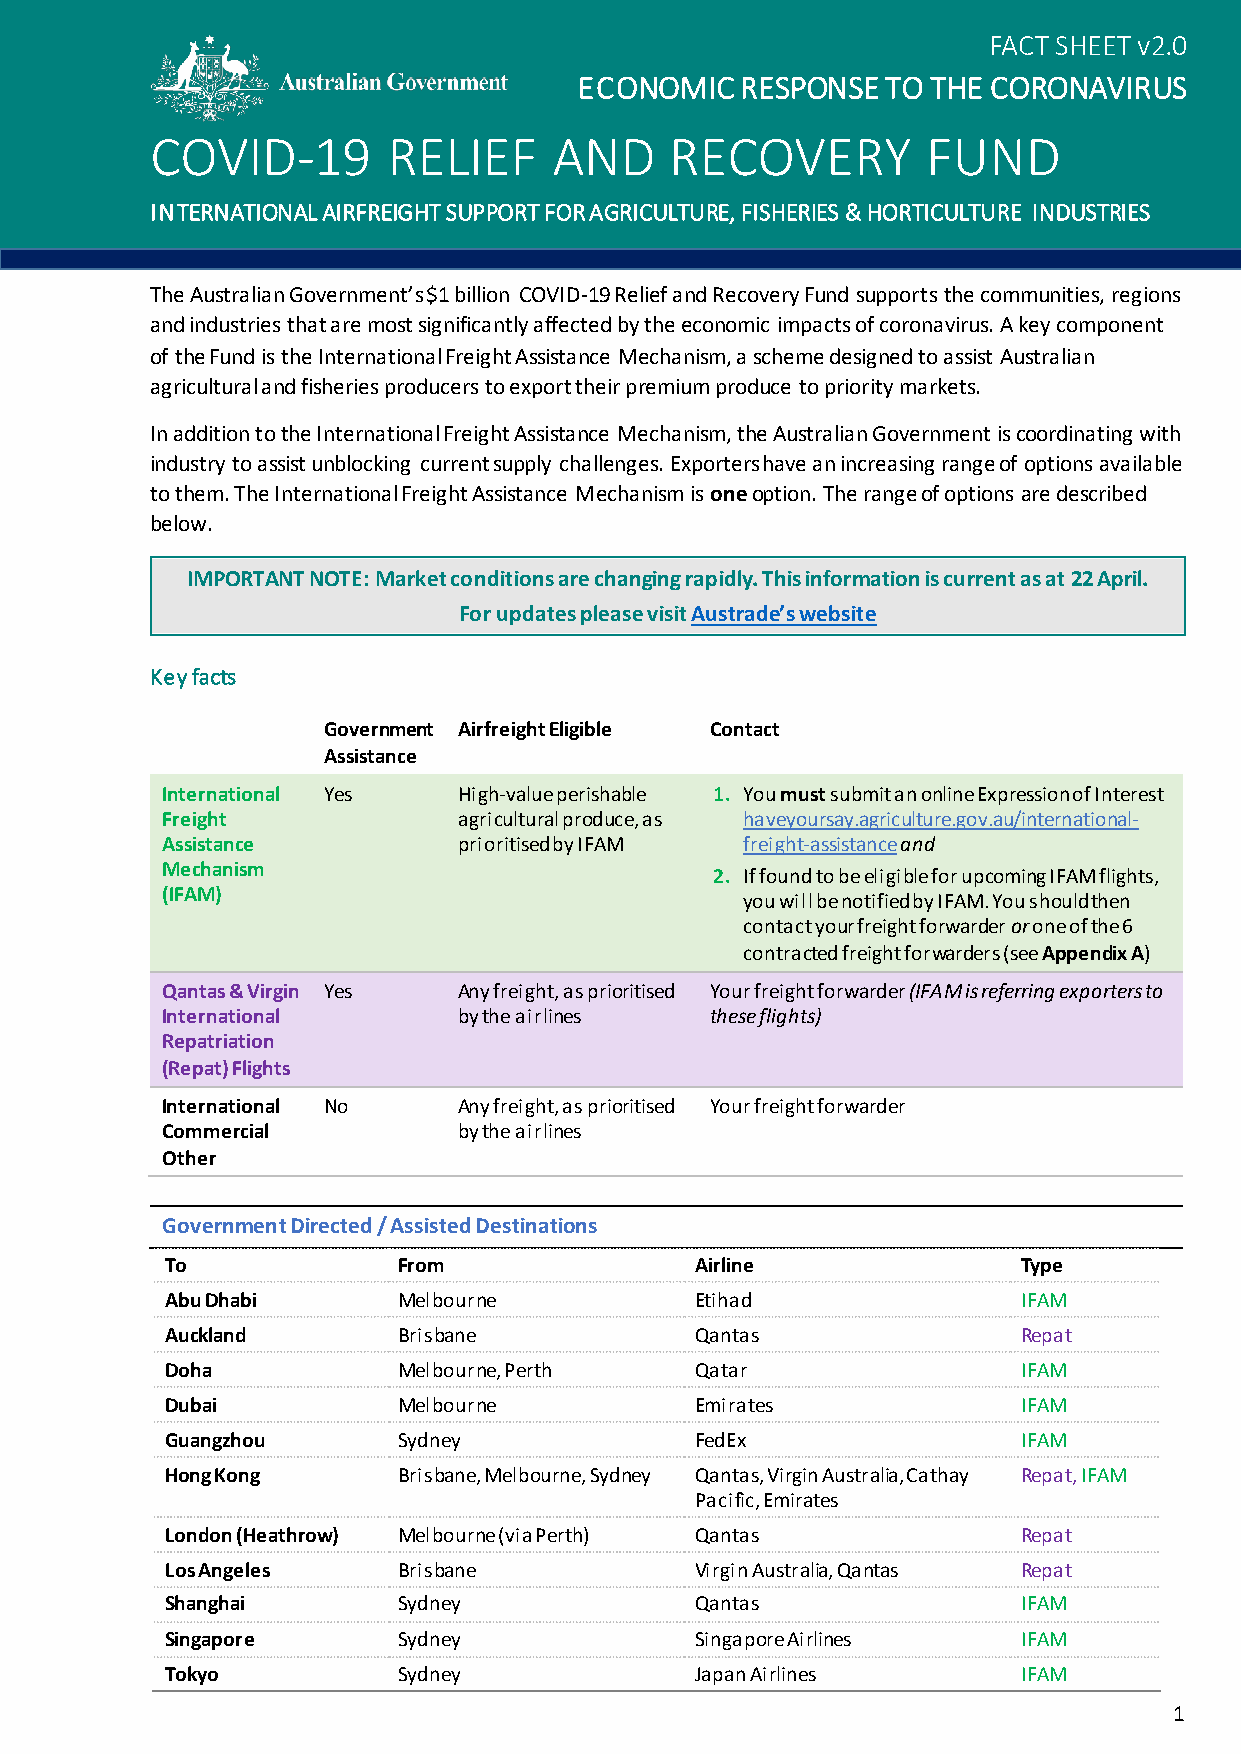
FACT SHEET v2.0
 ECONOMIC   RESPONSE  TO THE CORONAVIRUS
 COVID-19        RELIEF     AND    RECOVERY         FUND
 INTERNATIONAL AIRFREIGHT SUPPORT FOR AGRICULTURE, FISHERIES & HORTICULTURE INDUSTRIES
 The Australian Government’s $1 billion COVID-19 Relief and Recovery Fund supports the communities, regions
 and industries that are most significantly affected by the economic impacts of coronavirus. A key component
 of the Fund is the International Freight Assistance Mechanism, a scheme designed to assist Australian
 agricultural and fisheries producers to export their premium produce to priority markets.
 In addition to the International Freight Assistance Mechanism, the Australian Government is coordinating with
 industry to assist unblocking current supply challenges. Exporters have an increasing range of options available
 to them. The International Freight Assistance Mechanism is one option. The range of options are described
 below.
 IMPORTANT NOTE: Market conditions are changing rapidly. This information is current as at 22 April.
 For updates please visit Austrade’s website
 Key facts
 Government Airfreight Eligible Contact
 Assistance
 International Yes  High-value perishable 1. You must submit an online Expression of Interest
 Freight            agricultural produce, as haveyoursay.agriculture.gov.au/international-
 Assistance         prioritised by IFAM freight-assistance and
 Mechanism
 2. If found to be eligible for upcoming IFAM flights,
 (IFAM)
 you will be notified by IFAM. You should then
 contact your freight forwarder or one of the 6
 contracted freight forwarders (see Appendix A)
 Qantas & Virgin Yes Any freight, as prioritised Your freight forwarder (IFAM is referring exporters to
 International      by the airlines  these flights)
 Repatriation
 (Repat) Flights
 International No   Any freight, as prioritised Your freight forwarder
 Commercial         by the airlines
 Other
 Government Directed / Assisted Destinations
 To             From                Airline               Type
 Abu Dhabi      Melbourne           Etihad                IFAM
 Auckland       Brisbane            Qantas                Repat
 Doha           Melbourne, Perth    Qatar                 IFAM
 Dubai          Melbourne           Emirates              IFAM
 Guangzhou      Sydney              FedEx                 IFAM
 Hong Kong      Brisbane, Melbourne, Sydney Qantas, Virgin Australia, Cathay Repat, IFAM
 Pacific, Emirates
 London (Heathrow) Melbourne (via Perth) Qantas           Repat
 Los Angeles    Brisbane            Virgin Australia, Qantas Repat
 Shanghai       Sydney              Qantas                IFAM
 Singapore      Sydney              Singapore Airlines    IFAM
 Tokyo          Sydney              Japan Airlines        IFAM
 1